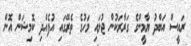
ރައީސް އަބްދު ޔާމީންގެ ގަރާރަކުން ޖުލައި މަހުގެ ތެރޭގައި އުފެއްދި ކޮމިޝަން އޮން